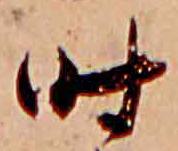
時